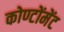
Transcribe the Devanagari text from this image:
कोण्टोंमेंट